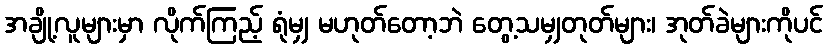
အချို့လူများမှာ လိုက်ကြည့် ရုံမျှ မဟုတ်တော့ဘဲ တွေ့သမျှတုတ်များ၊ အုတ်ခဲများကိုပင်